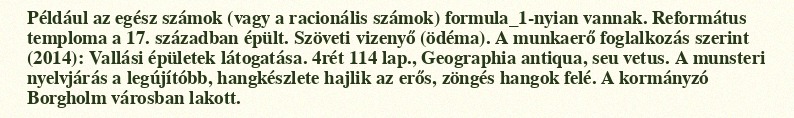
Például az egész számok (vagy a racionális számok) formula_1-nyian vannak. Református temploma a 17. században épült. Szöveti vizenyő (ödéma). A munkaerő foglalkozás szerint (2014): Vallási épületek látogatása. 4rét 114 lap., Geographia antiqua, seu vetus. A munsteri nyelvjárás a legújítóbb, hangkészlete hajlik az erős, zöngés hangok felé. A kormányzó Borgholm városban lakott.